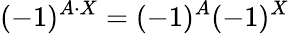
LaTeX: (-1)^{A\cdot X}=(-1)^{A}(-1)^{X}